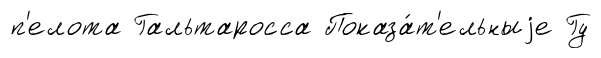
п'елота Гальтаросса Показа́т'ельныjе Гу